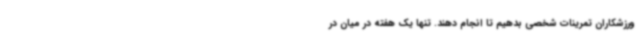
ورزشکاران تمرینات شخصی بدهیم تا انجام دهند. تنها یک هفته در میان در